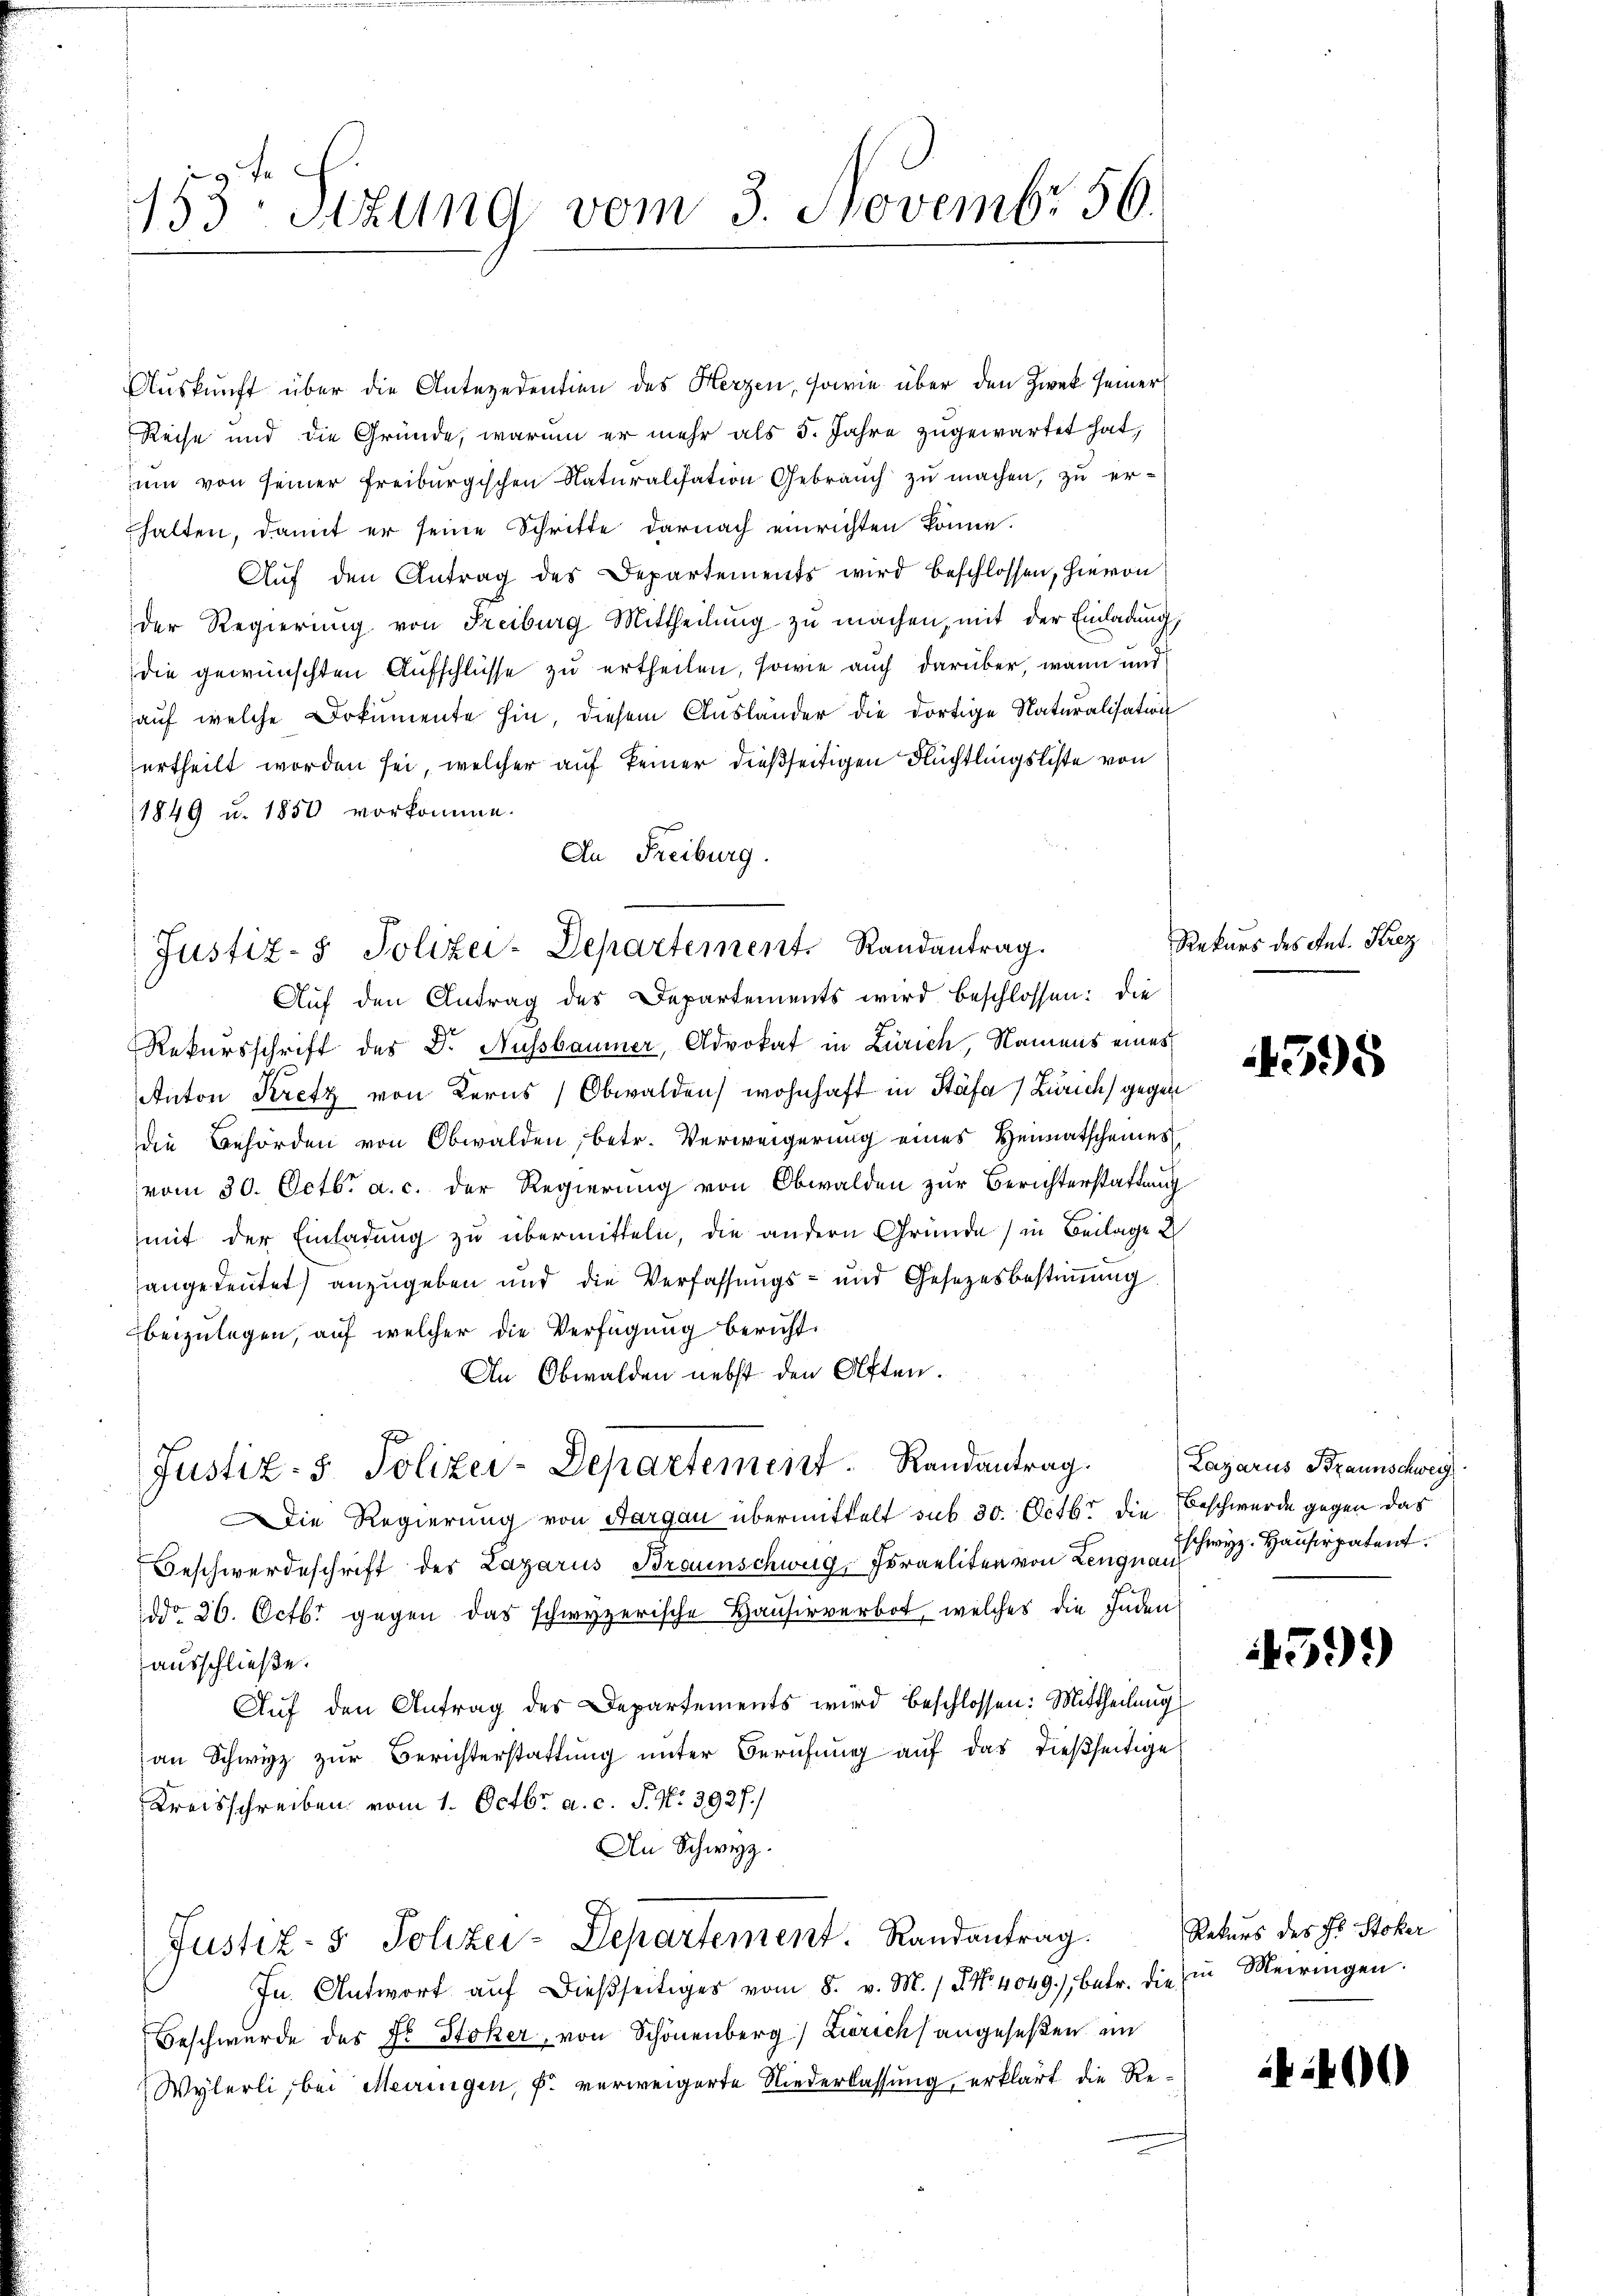
te
153. Sizung vom 3. Novembr 56.

Auskunft über die Antezedention des Herzen, sowie über den Zwek seiner
Reise und die Gründe, warum er mehr als 5. Jahre zugewartet hat,
um von seiner Freiburgischen Naturalisation Gebrauch zu machen, zu erhalten, damit er seine Schritte darnach einrichten könne.
Auf den Antrag des Departements wird beschlossen, hievon
der Regierŭng von Freiburg Mittheilŭng zŭ machen, mit der Einladung,
die gewünschten Aufschlüsse zu ertheilen, sowie auch darüber, wann und
auf welche Dokumente hin, diesem Ausländer die dortige Naturalisation
urtheilt worden sei, welcher auf keiner dießseitigen Flüchtlingsliste von
1849 u. 1850 vorkomme.
An Freiburg.

Justiz- & Polizei-Departement. Randantrag.

Auf den Antrag des Departements wird beschlossen: die
Rekursschrift des Dr. Aussbaumer, Advokat in Zürich, Namens eines
Anton Kretz von Kerns (Obwalden wohnhaft in Stäfa) Zürich) gegen
die Behörden von Obwalden, betr. Verweigerung eines Heimatscheines
vom 30. Octbr. a. c. der Regierung von Obwalden zur Berichterstattung
mit der Einladung zu übermitteln, die andern Gründe in Beilage
angeleutet) anzugeben und die Verfassungs- und Gesetzesbestimmung
beizulegen, auf welcher die Verfügung bericht.
An Obwalden nebst den Olften.
ie Regierung von Sargau übermittelt sub 30. Octbr. die Beschwerde gegen das
Beschwerdeschrift des Lazarus Braunschweig, Foraeliten von Lengn z. Hausirpatent
dd. 26. Octbr. gegen das schwyzerische Hausirverbot, welches die Inden
ausschließe.
Aŭf den Antrag des Departements wird beschlossen: Mittheilung
an Schwyz zur Berichterstattung unter Berufung auf das dießseitige
Kreisschreiben vom 1. Octbr. a. c. S. Nr. 3927.
An Schwyz.
Justiz- & Polizei-Departement. Randantrag.
Jn Antwort aŭf dießseitiges vom 8. v. M. / No. 4049.) betr. die in Meiringen.
Beschwurde des Dr. Stoker, von Schönenberg) Zierich angeseßen im
Wylerli, bei Meiringen, u. verweigerte Niederlassung, erklärt die Re¬

Justiz- 5. Polizei-Departemeist. Randantrag

Rekurs des Ant. Krez

4395

Lazarus Braunschweg

1599

Rekurs des Hl. Stoker

)